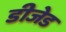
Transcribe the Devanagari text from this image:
डीजेड